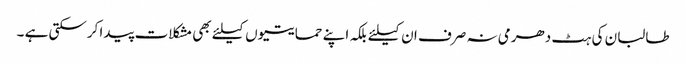
طالبان کی ہٹ دھرمی نہ صرف ان کیلئے بلکہ اپنے حمایتیوں کیلئے بھی مشکلات پیدا کرسکتی ہے ۔